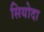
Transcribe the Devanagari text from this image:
सियोदा